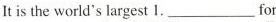
It is the world's largest 1. ___for